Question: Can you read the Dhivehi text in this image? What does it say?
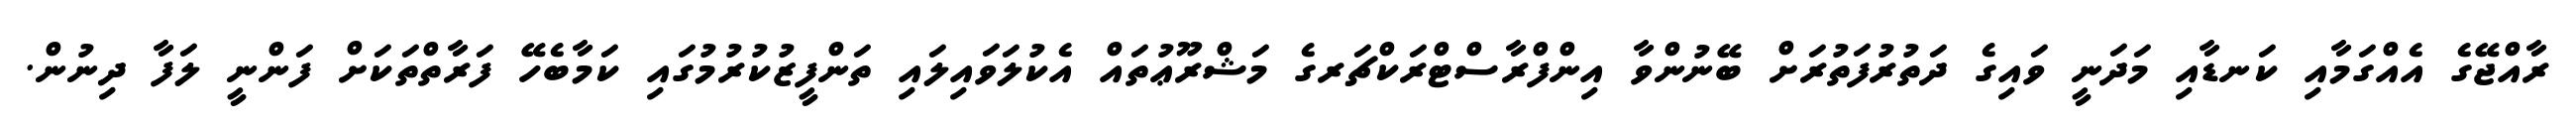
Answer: ރާއްޖޭގެ އެއްގަމާއި ކަނޑާއި މަދަނީ ވައިގެ ދަތުރުފަތުރަށް ބޭނުންވާ އިންފްރާސްޓްރަކްޗަރގެ މަޝްރޫޢުތައް އެކުލަވައިލައި ތަންފީޒުކުރުމުގައި ކަމާބެހޭ ފަރާތްތަކަށް ފަންނީ ލަފާ ދިނުން.